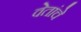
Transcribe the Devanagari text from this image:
वेतांचे